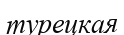
турецкая